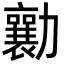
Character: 勷